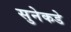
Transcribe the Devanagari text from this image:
सुनेकडे